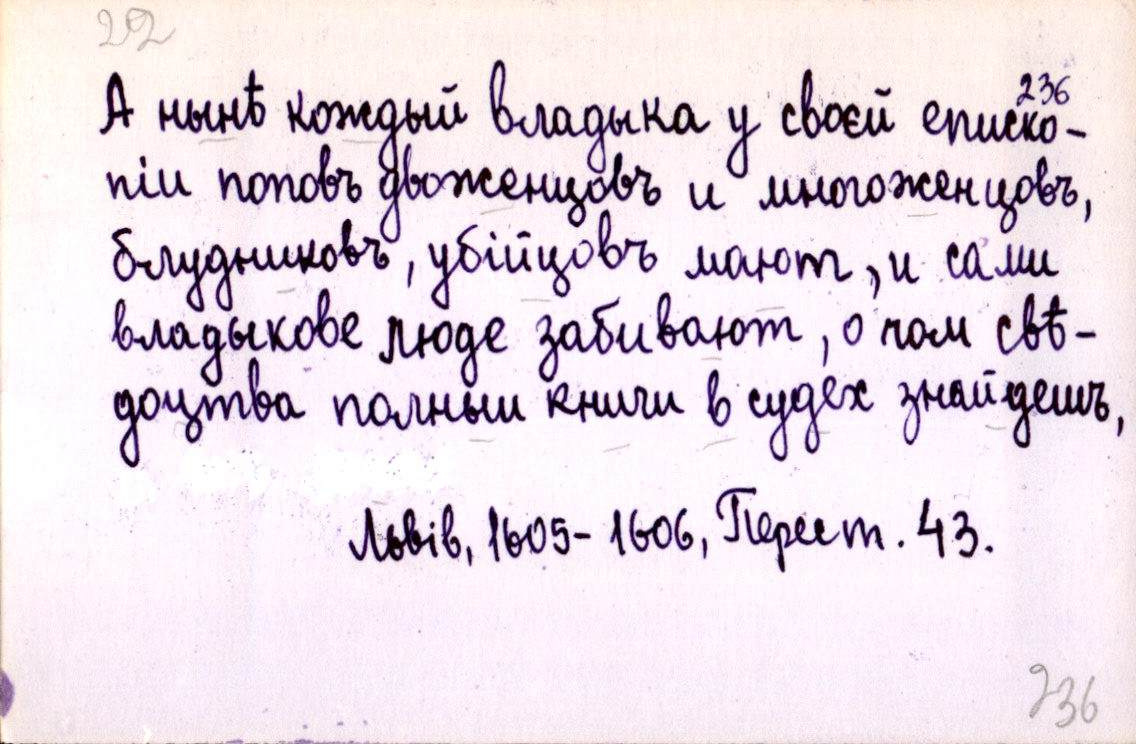
А нынѣ кождый владыка у своєй еписко-
піи поповъ двоженцовъ и многоженцовъ,
блудниковъ, убійцовъ мають, и сами
владыкове люде забивають, о чом свѣ-
доцтва полныи книги в судех знайдешъ,
Львів, 1605-1606, Перест. 43.